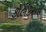
કોલકરના